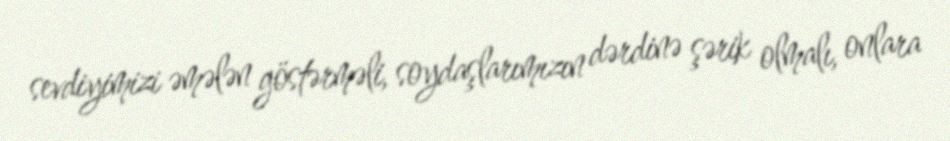
sevdiyimizi əmələn göstərməli, soydaşlarımızın dərdinə şərik olmalı, onlara